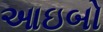
આઇબો